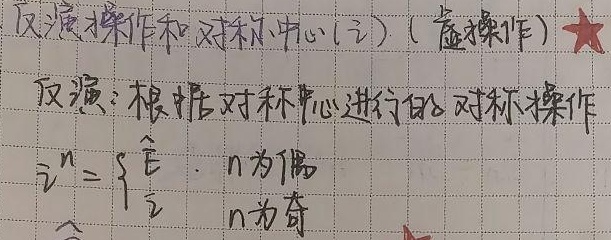
反演操作和对称中心（\(\hat{i}\)）（虚操作）
★反演：根据对称中心进行的对称操作
\(\hat{i}^n =  \begin{cases} \hat{E} & \text{，}n\text{为偶}\\ \hat{i} & \text{，}n\text{为奇} \end{cases}\)